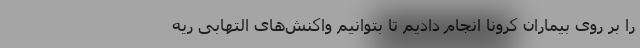
را بر روی بیماران کرونا انجام دادیم تا بتوانیم واکنش‌های التهابی ریه